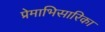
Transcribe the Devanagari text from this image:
प्रेमाभिसारिका